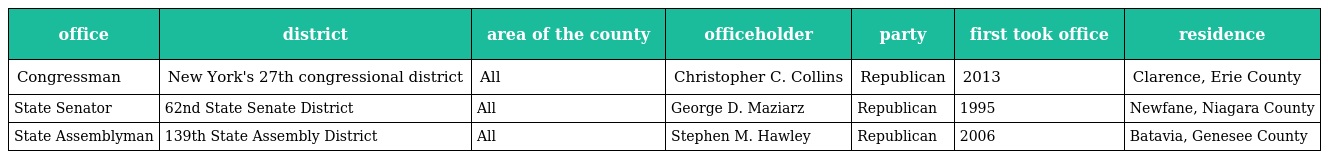
| office | district | area of the county | officeholder | party | first took office | residence |
 | --- | --- | --- | --- | --- | --- | --- |
 | Congressman | New York's 27th congressional district | All | Christopher C. Collins | Republican | 2013 | Clarence, Erie County |
 | State Senator | 62nd State Senate District | All | George D. Maziarz | Republican | 1995 | Newfane, Niagara County |
 | State Assemblyman | 139th State Assembly District | All | Stephen M. Hawley | Republican | 2006 | Batavia, Genesee County |